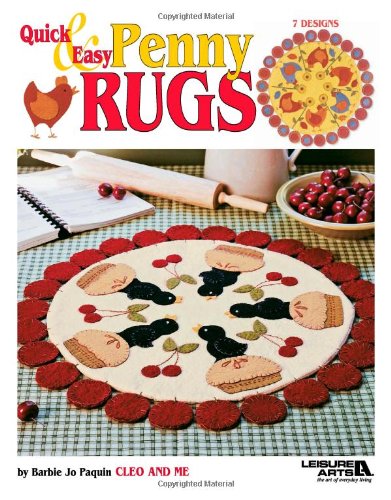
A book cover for Quick & Easy Penny Rugs  (Leisure Arts #3635); Barbie Jo Paquin; Crafts, Hobbies & Home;